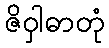
ဇိဝှါဓာတုံ